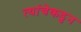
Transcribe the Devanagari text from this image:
त्यांचेकडुन